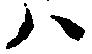
ハ